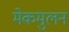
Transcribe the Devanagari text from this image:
मेकमुलन